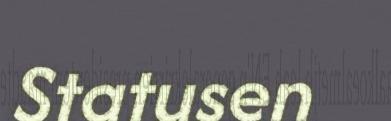
Statusen